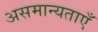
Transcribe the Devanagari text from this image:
असमान्यताएँ